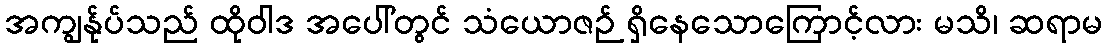
အကျွန်ုပ်သည် ထိုဝါဒ အပေါ်တွင် သံယောဇဉ် ရှိနေသောကြောင့်လား မသိ၊ ဆရာမ